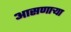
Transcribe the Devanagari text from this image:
आसणाऱ्या